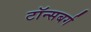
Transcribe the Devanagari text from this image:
टॉन्सबर्ग